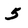
Character: 5